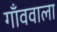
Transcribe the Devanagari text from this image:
गाँववाला